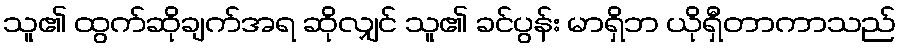
သူ၏ ထွက်ဆိုချက်အရ ဆိုလျှင် သူ၏ ခင်ပွန်း မာရှိဘ ယိုရှီတာကာသည်